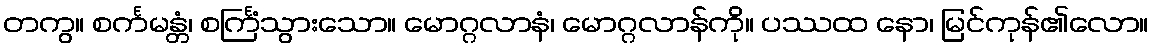
တကွ။ စင်္ကမန္တံ၊ စင်္ကြံသွားသော။ မောဂ္ဂလာနံ၊ မောဂ္ဂလာန်ကို။ ပဿထ နော၊ မြင်ကုန်၏လော။